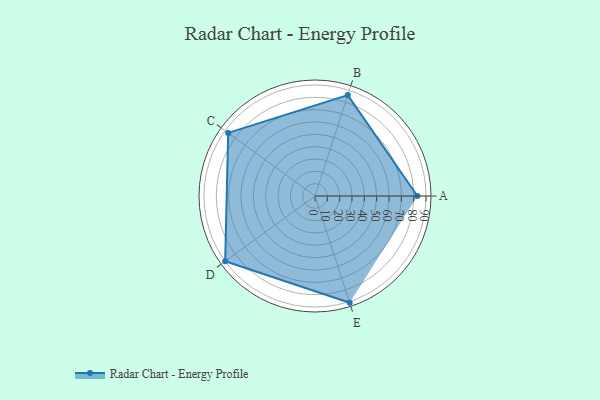
{"axis": {"x": "Skill", "y": "Score"}, "legend": ["Profile"], "data": [{"x": "A", "y": 83.0, "type": "Profile"}, {"x": "B", "y": 86.0, "type": "Profile"}, {"x": "C", "y": 87.0, "type": "Profile"}, {"x": "D", "y": 90.0, "type": "Profile"}, {"x": "E", "y": 91.0, "type": "Profile"}]}